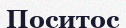
Поситос